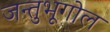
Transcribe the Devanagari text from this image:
जन्तुभूगोल